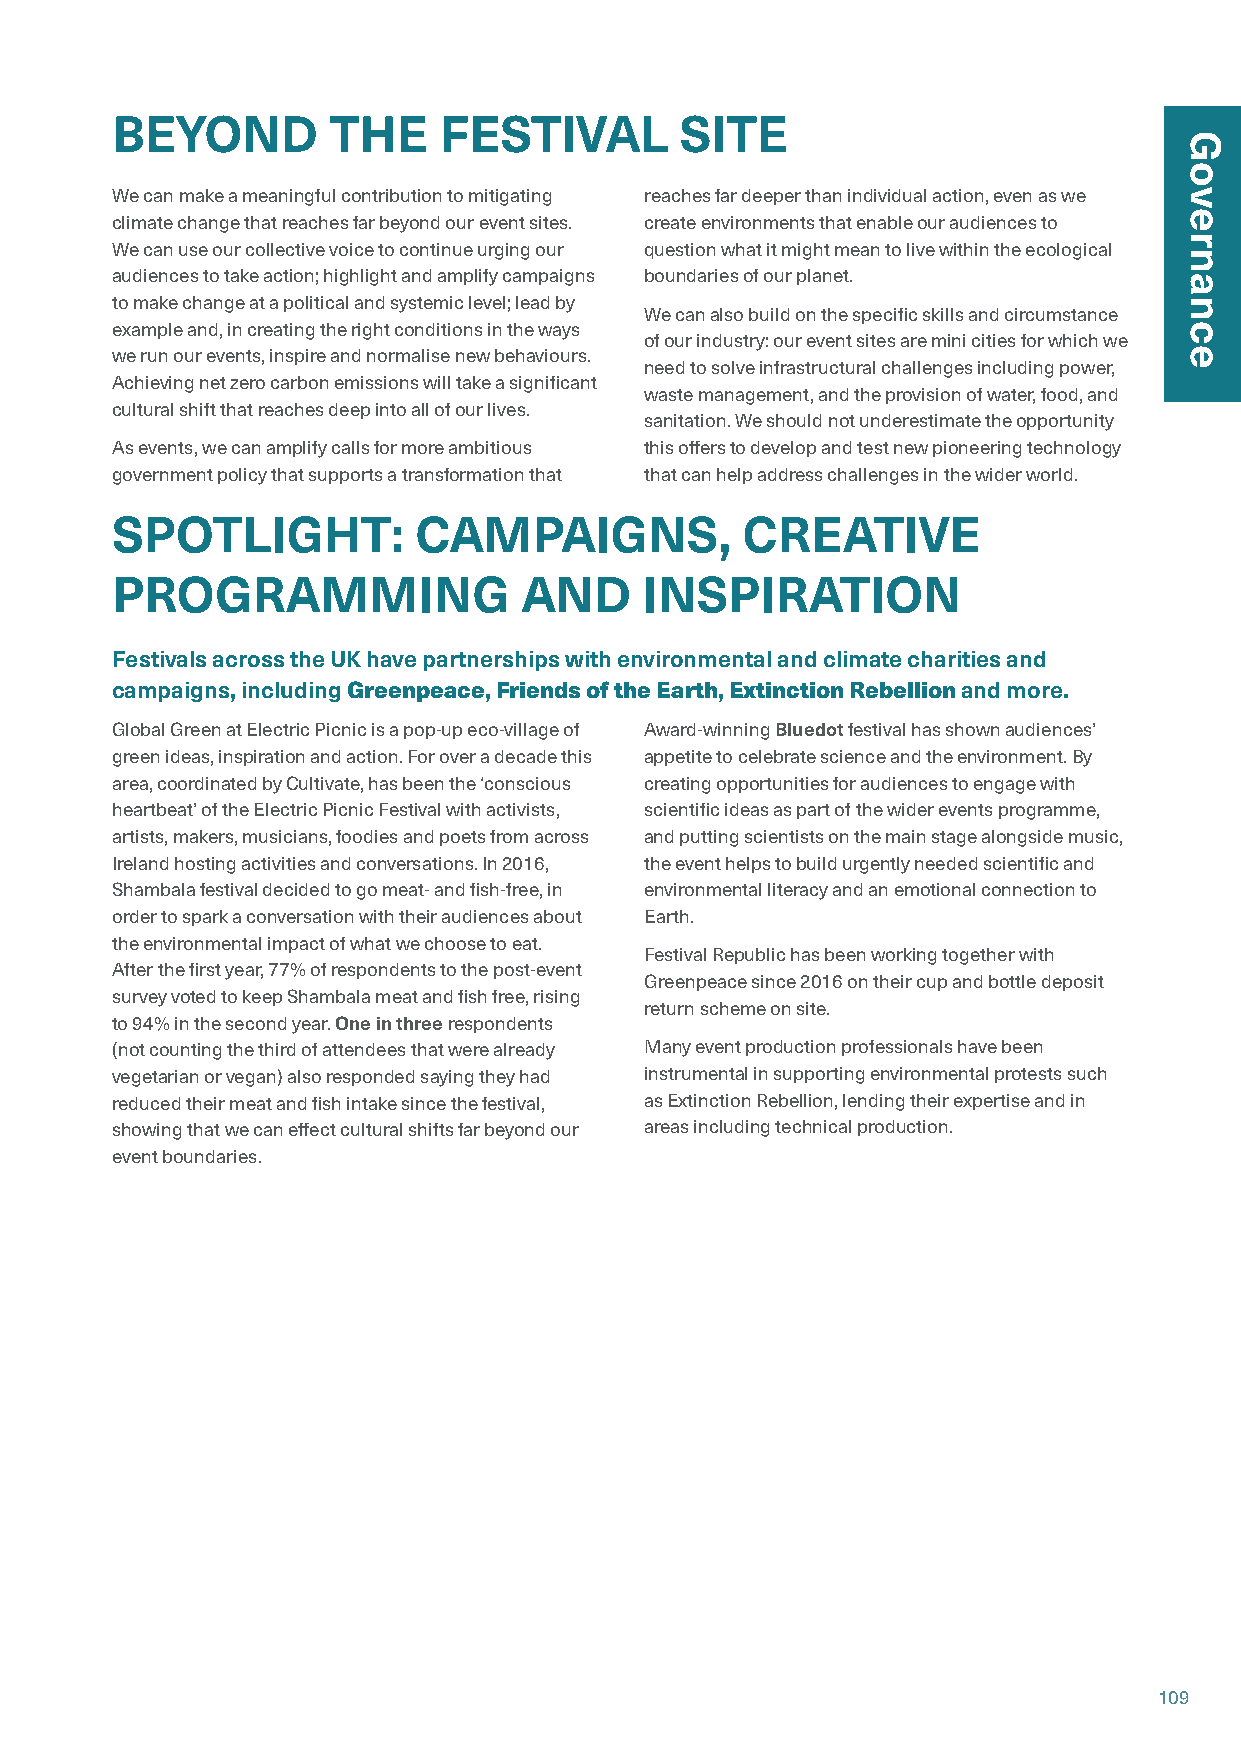
BEYOND         THE    FESTIVAL        SITE
 We can make a meaningful contribution to mitigating reaches far deeper than individual action, even as we
 climate change that reaches far beyond our event sites. create environments that enable our audiences to
 We can use our collective voice to continue urging our question what it might mean to live within the ecological
 audiences to take action; highlight and amplify campaigns boundaries of our planet.
 to make change at a political and systemic level; lead by
 We can also build on the specific skills and circumstance
 example and, in creating the right conditions in the ways
 of our industry: our event sites are mini cities for which we
 we run our events, inspire and normalise new behaviours.
 need to solve infrastructural challenges including power,
 Achieving net zero carbon emissions will take a significant
 waste management, and the provision of water, food, and
 cultural shift that reaches deep into all of our lives.
 sanitation. We should not underestimate the opportunity
 As events, we can amplify calls for more ambitious this offers to develop and test new pioneering technology
 government policy that supports a transformation that that can help address challenges in the wider world.
 SPOTLIGHT:          CAMPAIGNS,            CREATIVE
 PROGRAMMING                AND     INSPIRATION
 Festivals across the UK have partnerships with environmental and climate charities and
 campaigns, including Greenpeace, Friends of the Earth, Extinction Rebellion and more.
 Global Green at Electric Picnic is a pop-up eco-village of Award-winning Bluedot festival has shown audiences’
 green ideas, inspiration and action. For over a decade this appetite to celebrate science and the environment. By
 area, coordinated by Cultivate, has been the ‘conscious creating opportunities for audiences to engage with
 heartbeat’ of the Electric Picnic Festival with activists, scientific ideas as part of the wider events programme,
 artists, makers, musicians, foodies and poets from across and putting scientists on the main stage alongside music,
 Ireland hosting activities and conversations. In 2016, the event helps to build urgently needed scientific and
 Shambala festival decided to go meat- and fish-free, in environmental literacy and an emotional connection to
 order to spark a conversation with their audiences about Earth.
 the environmental impact of what we choose to eat.
 Festival Republic has been working together with
 After the first year, 77% of respondents to the post-event
 Greenpeace since 2016 on their cup and bottle deposit
 survey voted to keep Shambala meat and fish free, rising
 return scheme on site.
 to 94% in the second year. One in three respondents
 (not counting the third of attendees that were already Many event production professionals have been
 vegetarian or vegan) also responded saying they had instrumental in supporting environmental protests such
 reduced their meat and fish intake since the festival, as Extinction Rebellion, lending their expertise and in
 showing that we can effect cultural shifts far beyond our areas including technical production.
 event boundaries.
 109
 Governance                                                                    Governance